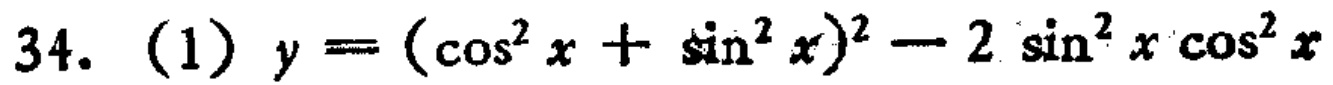
34. (1) \(y = (\cos^{2}x+\sin^{2}x)^{2}-2\sin^{2}x\cos^{2}x\)